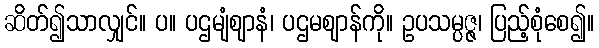
ဆိတ်၍သာလျှင်။ ပ။ ပဌမျံဈာနံ၊ ပဌမဈာန်ကို။ ဥပသမ္ပဇ္ဇ၊ ပြည့်စုံစေ၍။